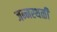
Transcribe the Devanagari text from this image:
जन्मस्थळी